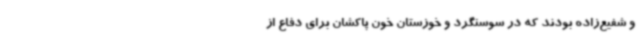
و شفیع‌زاده بودند که در سوسنگرد و خوزستان خون پاکشان برای دفاع از